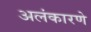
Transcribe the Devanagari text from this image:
अलंकारणे